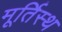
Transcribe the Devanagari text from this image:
मूर्तिस्थ